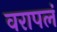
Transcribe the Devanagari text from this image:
वरापलं